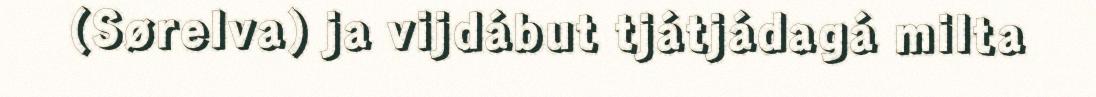
(Sørelva) ja vijdábut tjátjádagá milta